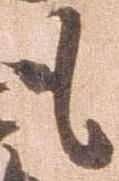
も